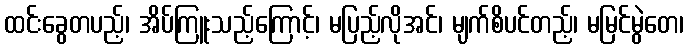
ထင်းခွေတပည့်၊ အိပ်ကြူးသည့်ကြောင့်၊ မပြည့်လိုအင်၊ မျက်စိပင်တည့်၊ မမြင်မွဲတေ၊